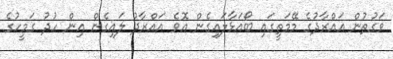
ވަގުތުން އައްރާދުގެ މޭމަތީގައި ބޯއަޅާލައިގެން އޮވެ އައްރާދު ލައިގެން އިން ހުދު ގަމީހުގެ